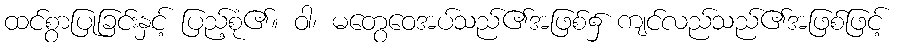
ထင်စွာပြုခြင်းနှင့် ပြည့်စုံ၏။ ဝါ၊ မတွေဝေအပ်သည်၏အဖြစ်၌ ကျင်လည်သည်၏အဖြစ်ဖြင့်